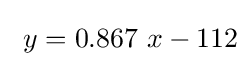
\ y=0.867\ x-112